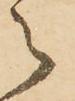
之